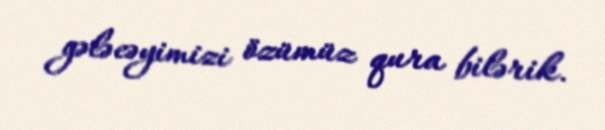
gələcəyimizi özümüz qura bilərik.